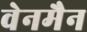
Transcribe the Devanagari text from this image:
वेनमैन